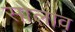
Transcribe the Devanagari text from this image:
सोलाव